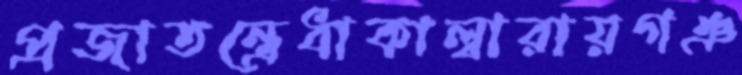
প্রজাতন্ত্রেধাকাল্বারায়গঞ